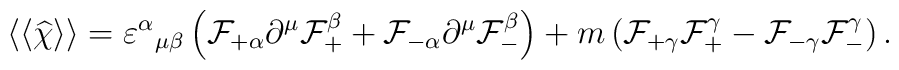
\langle\langle \widehat\chi \rangle\rangle = {\varepsilon^\alpha}_{\mu\beta} \left( {\cal F}_{+\alpha} \partial^\mu {\cal F}^\beta_+ + {\cal F}_{-\alpha} \partial^\mu {\cal F}^\beta_- \right) + m \left( {\cal F}_{+\gamma} {\cal F}^\gamma_+ - {\cal F}_{-\gamma} {\cal F}^\gamma_- \right).